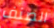
الصنف